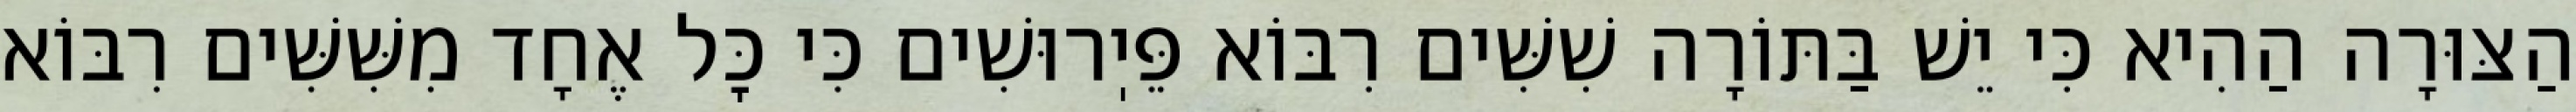
הַצּוּרָה הַהִיא כִּי יֵשׁ בַּתּוֹרָה שִׁשִּׁים רִבּוֹא פֵּיֽרוּשִׁים כִּי כׇּל אֶחָד מִשִּׁשִּׁים רִבּוֹא